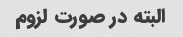
البته در صورت لزوم